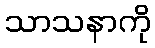
သာသနာကို